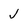
Character: j